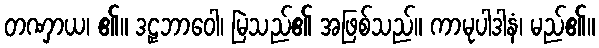
တဏှာယ၊ ၏။ ဒဠှဘာဝေါ၊ မြဲသည်၏ အဖြစ်သည်။ ကာမုပါဒါနံ၊ မည်၏။